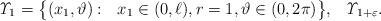
LaTeX: \begin{gather*} {\it \Upsilon}_1= \big\{(x_1, \vartheta): \ \ x_1 \in (0, \ell ) , r =1, \vartheta \in (0, 2 \pi) \big\}, \ \ {\it \Upsilon}_{1+\varepsilon}.\end{gather*}